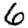
Digit: 6